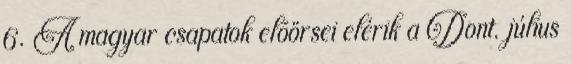
6. A magyar csapatok elõörsei elérik a Dont. július